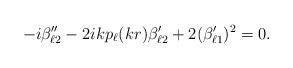
\begin{align*}-i\beta_{\ell 2}^{\prime \prime} -2ikp_\ell(kr)\beta_{\ell 2}^\prime +2(\beta_{\ell 1}^\prime)^2 = 0.\end{align*}